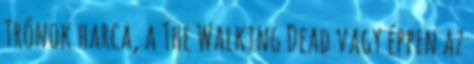
Trónok harca, a The Walking Dead vagy éppen az